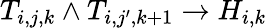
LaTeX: T_{i,j,k}\land T_{i,j^{\prime},k+1}\rightarrow H_{i,k}